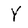
Character: Y